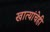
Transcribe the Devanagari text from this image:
खात्यांचेही